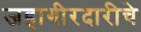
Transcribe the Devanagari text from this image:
जहागीरदारीचे